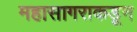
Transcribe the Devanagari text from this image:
महासागराकडून